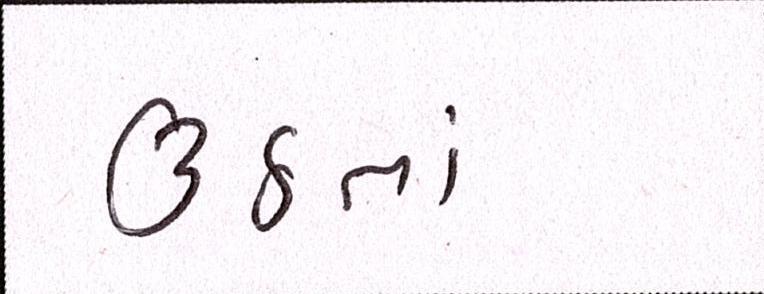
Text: ઉઠતાં